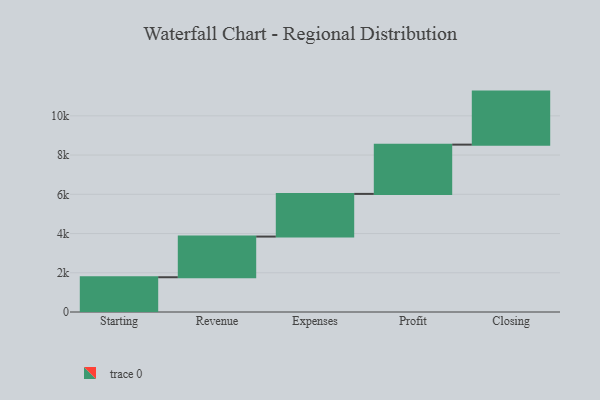
{"axis": {"x": "Step", "y": "Value"}, "legend": [""], "data": [{"x": "Starting", "y": 1772.0, "type": ""}, {"x": "Revenue", "y": 2073.0, "type": ""}, {"x": "Expenses", "y": 2175.0, "type": ""}, {"x": "Profit", "y": 2512.0, "type": ""}, {"x": "Closing", "y": 2703.0, "type": ""}]}